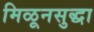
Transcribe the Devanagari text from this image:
मिळूनसुद्धा